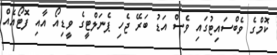
ކޮމްގެ ވެބްސައިޓުގައި ވެސް އަޑު ބަރޭ ޖެހި ޕެނަލްޓީގެ ވީޑިއޯ އާއި ފޮޓޯއެއް